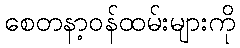
စေတနာ့ဝန်ထမ်းများကို